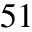
^ { 5 1 }